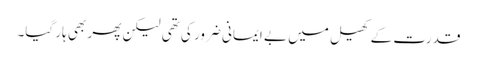
قدرت کے کھیل میں بے ایمانی ضرور کی تھی لیکن پھر بھی ہار گیا۔